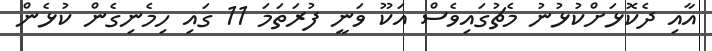
އާއި ދެކޮޅަށްކުޅުނު މެޗުގައިވެސް އަކޫ ވަނީ ފުރަތަމަ 11 ގައި ހިމެނިގެން ކުޅެން